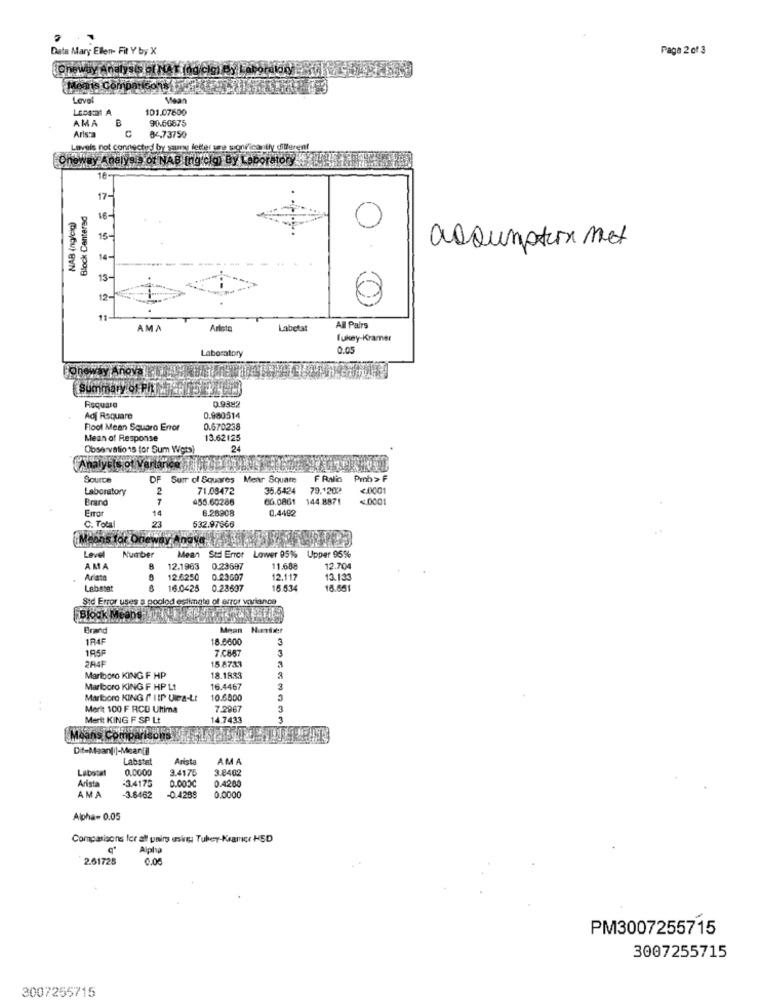
Date Mary Ellen- Fit Y by X
Page 2 of 3
Oneway Analysis of NAT (dg cig) By Laboralon)
Means Con
Level
Visan
101.07600
AMA
B
90.64875
Arista
04.73750
Levels not connected by sauny letter ure soni'icantly different
OhowDy Anelys 3 Of NAB [ng c)g) By Laboratory
18-
17-
Block Canterad
NAB (ng/cia)
16-
0
15-
assumption met
14-
13-
12-
0
11
AMA
Arteta
Labetat
All Pairs
Tukey-Kramer
Laboratory
0.05
By Andy
Summary of PhMl
0.9382
Risquare
Adj Rsquare
0.980514
Floot Mean Square Error
0.670238
Mean of Response
13.62125
Observations for Sum Wets)
Analysis of Variance 47422
Source
DF Surr of Squares Mear Square
F Palio
Prob > F
Laboratory
2
71.08472
35.6424
79.1202
<0001
Brand
455.60286
66.0861
144.8871
4,0001
Error
14
6.28908
0.4492
C. Total
23
532.97666
Means for Oneway
way Anova,
Mean
Level
Number
Std Error Lower 05% Upper 95%
AMA
12.1963
0.23697
11.688
12.704
Ariate
12.6250
0.23697
12.117
13.133
16.0425
0.23607
16.534
16.651
Sid Error uses a poolod estimate of error variance
Block Means
Brand
Mean Nuter
1R4F
18.8600
3
195F
7.086
3
15.8733
Marlboro KING F HP
18.1833
Marlboro KING F HP L!
16.4467
3
Marlboro KING F ItP Uiea-LI
10.6500
Merit 100 F RCD Ultima
7.296
Merit KING F SP Lt
14.7433
Means Compar
Dit-Maan|i]-Meantil
Labstat
Arista
AMA
Labostal
0.0000
3.8402
Arista
-3.4175
3.4175
0.000℃
0.4200
AMA
-3.8462
-0.4288
0.0000
Alpha- 0.05
Comparisons for all pairs using; Tukey-Kramer HSD
Alpha
2.61725
0,00
PM3007255715
3007255715
3007255715